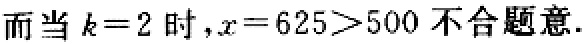
而当 \(k = 2\) 时，\(x = 625>500\) 不合题意.